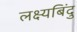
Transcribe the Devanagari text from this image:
लक्ष्यबिंदु